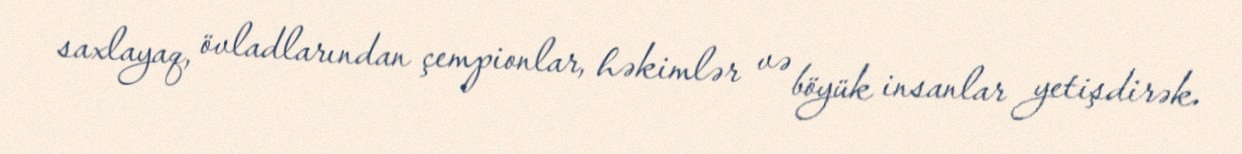
saxlayaq, övladlarından çempionlar, həkimlər və böyük insanlar yetişdirək.